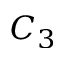
C _ { 3 }